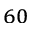
_ { 6 0 }